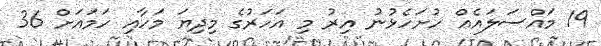
19 މައްސަލައެއް ހުށަހެޅުނު އިރު މި އަހަރުގެ މިދިޔަ މަހާއި ހަމައަށް 36